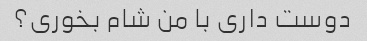
دوست داری با من شام بخوری؟